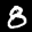
Label: 8